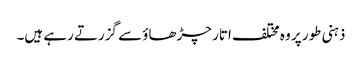
ذہنی طور پر وہ مختلف اتار چڑھاؤ سے گزرتے رہے ہیں۔